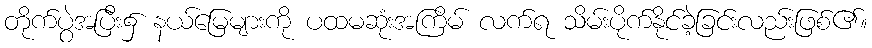
တိုက်ပွဲအပြီး၌ နယ်မြေများကို ပထမဆုံးအကြိမ် လက်ရ သိမ်းပိုက်နိုင်ခဲ့ခြင်းလည်းဖြစ်၏။